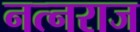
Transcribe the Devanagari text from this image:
नत्नराज